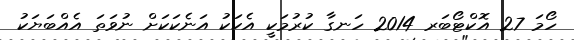
ހޯމަ 27 އޮކްޓޯބަރ 2014 ހަނގާ ކުރުމަކީ އެކަކު އަނެކަކަށް ނުވަތަ އެއްބަޔަކު